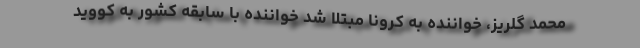
محمد گلریز، خواننده به کرونا مبتلا شد خواننده با سابقه کشور به کووید